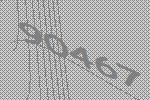
90467